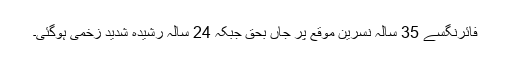
فائرنگسے 35 سالہ نسرین موقع پر جاں بحق جبکہ 24 سالہ رشیدہ شدید زخمی ہوگئی۔